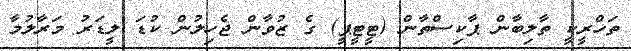
ތަހްރީކީ ތާލިބާން ޕާކިސްތާން (ޓީޓީޕީ) ގެ ޒުވާން ޖެހިލުން ކުޑަ ލީޑަރު މަރާލުމާ